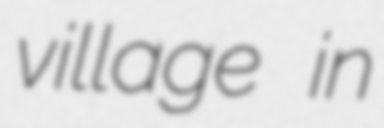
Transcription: village in